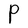
Character: P